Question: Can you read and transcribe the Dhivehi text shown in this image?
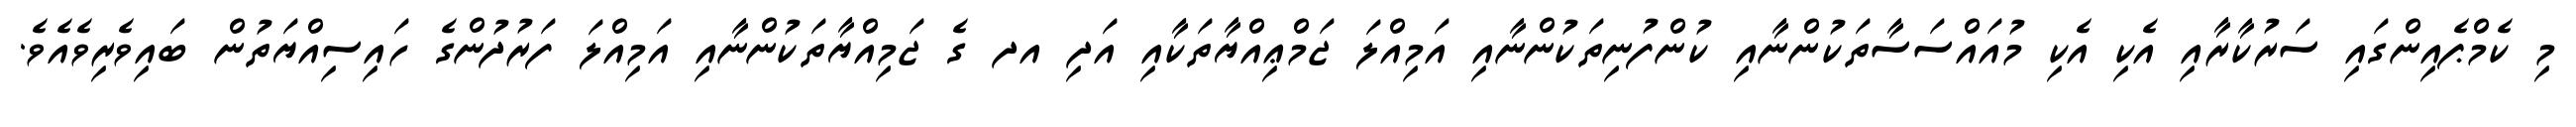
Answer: މި ކެމްޕެއިންގައި ސަރުކާރާއި އެކި އެކި މުއައްސަސާތަކުންނާއި ކުންފުނިތަކުންނާއި އަމިއްލަ ޖަމްޢިއްޔާތަކާއި އަދި އދ ގެ ޖަމިއްޔާތަކުންނާއި އަމިއްލަ ފަރުދުންގެ ހައިސިއްޔަތުން ބައިވެރިވެއެވެ.